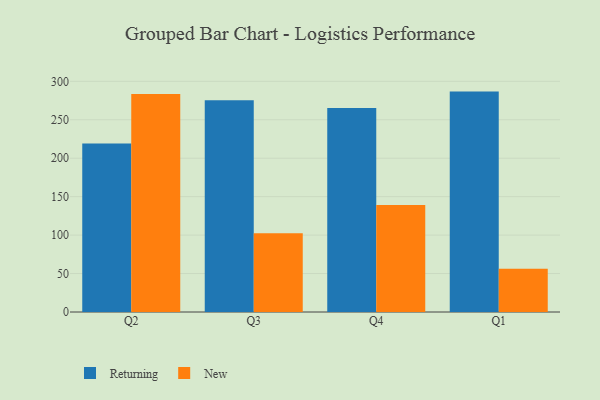
{"axis": {"x": "Quarter", "y": "Revenue (USD Million)"}, "legend": ["New", "Returning"], "data": [{"x": "Q2", "y": 219.2, "type": "Returning"}, {"x": "Q2", "y": 283.5, "type": "New"}, {"x": "Q3", "y": 275.3, "type": "Returning"}, {"x": "Q3", "y": 102.4, "type": "New"}, {"x": "Q4", "y": 265.2, "type": "Returning"}, {"x": "Q4", "y": 139.0, "type": "New"}, {"x": "Q1", "y": 286.6, "type": "Returning"}, {"x": "Q1", "y": 56.1, "type": "New"}]}